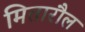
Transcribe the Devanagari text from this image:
मितारौल